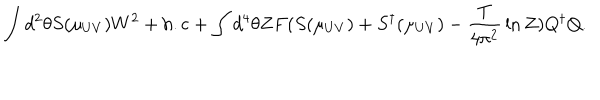
LaTeX: \int d ^ { 2 } \theta S ( \mu _ { U V } ) W ^ { 2 } + \mathrm { h . c } + \int d ^ { 4 } \theta Z F ( S ( \mu _ { U V } ) + S ^ { \dagger } ( \mu _ { U V } ) - { \frac { T } { 4 \pi ^ { 2 } } } \ln Z ) Q ^ { \dagger } Q .